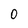
Character: 0